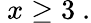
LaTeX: ~x\geq 3~.